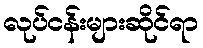
လုပ်ငန်းများဆိုင်ရာ